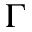
\Gamma